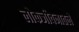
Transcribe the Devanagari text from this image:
लोकजीवनातले